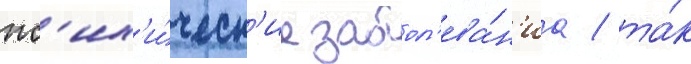
пс'их'и́ческ'ие забол'ева́н'иа / та́к